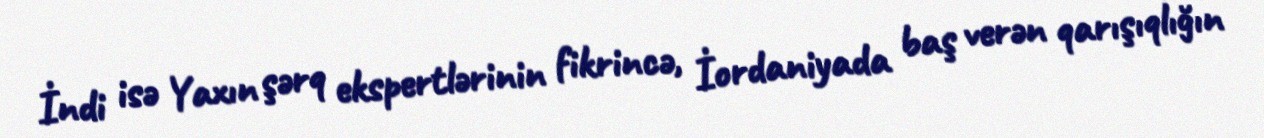
İndi isə Yaxın şərq ekspertlərinin fikrincə, İordaniyada baş verən qarışıqlığın